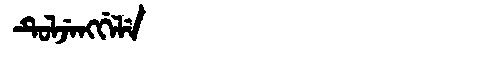
Manchu: ᡨᡠᠯᠵᡝᠩᡤᡝᠯᡝ
Romanization: TULJENGGELE